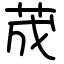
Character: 荿